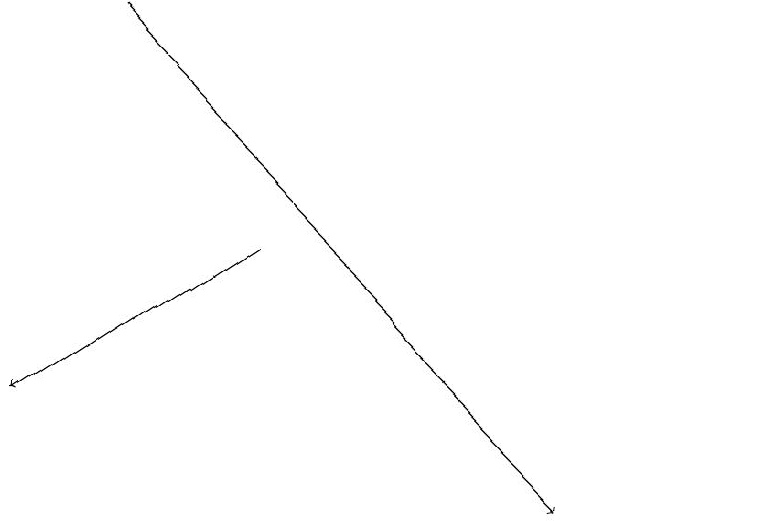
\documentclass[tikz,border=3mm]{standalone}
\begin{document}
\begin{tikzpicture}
\draw (11,11) circle (0);
\draw[->] (5,14) -- (2,12);
\draw[->] (3,17) -- (9,11);
\draw (10,11) circle (0);
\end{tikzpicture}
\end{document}